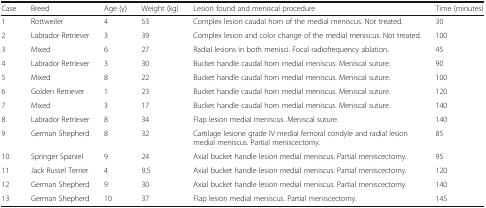
| Case | Breed | Age (y) | Weight (kg) | Lesion found and meniscal procedure | Time (minutes) |
 | --- | --- | --- | --- | --- | --- |
 | 1 | Rottweiler | 4 | 53 | Complex lesion caudal horn of the medial meniscus. Not treated. | 30 |
 | 2 | Labrador Retriever | 3 | 39 | Complex lesion and color change of the medial meniscus. Not treated. | 100 |
 | 3 | Mixed | 6 | 27 | Radial lesions in both menisci. Focal radiofrequency ablation. | 45 |
 | 4 | Labrador Retriever | 3 | 30 | Bucket handle caudal horn medial meniscus. Meniscal suture. | 90 |
 | 5 | Mixed | 8 | 22 | Bucket handle caudal horn medial meniscus. Meniscal suture. | 100 |
 | 6 | Golden Retriever | 1 | 23 | Bucket handle caudal horn medial meniscus. Meniscal suture. | 120 |
 | 7 | Mixed | 3 | 17 | Bucket handle caudal horn medial meniscus. Meniscal suture. | 140 |
 | 8 | Labrador Retriever | 8 | 34 | Flap lesion medial meniscus. Meniscal suture. | 140 |
 | 9 | German Shepherd | 8 | 32 | Cartilage lesione grade IV medial femoral condyle and radial lesion medial meniscus. Partial meniscectomy. | 85 |
 | 10 | Springer Spaniel | 9 | 24 | Axial bucket handle lesion medial meniscus. Partial meniscectomy. | 95 |
 | 11 | Jack Russel Terrier | 4 | 9,5 | Axial bucket handle lesion medial meniscus. Partial meniscectomy. | 120 |
 | 12 | German Shepherd | 9 | 30 | Axial bucket handle lesion medial meniscus. Partial meniscectomy. | 140 |
 | 13 | German Shepherd | 10 | 37 | Flap lesion medial meniscus. Partial meniscectomy. | 145 |